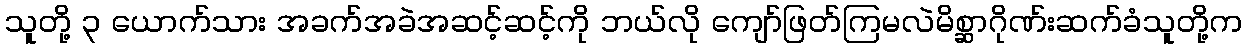
သူတို့ ၃ ယောက်သား အခက်အခဲအဆင့်ဆင့်ကို ဘယ်လို ကျော်ဖြတ်ကြမလဲမိစ္ဆာဂိုဏ်းဆက်ခံသူတို့က